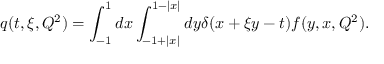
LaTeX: q ( t , \xi , Q ^ { 2 } ) = \int _ { - 1 } ^ { 1 } d x \int _ { - 1 + | x | } ^ { 1 - | x | } d y \delta ( x + \xi y - t ) f ( y , x , Q ^ { 2 } ) .